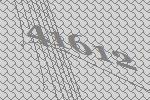
41612